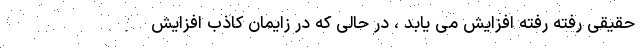
حقیقی رفته رفته افزایش می یابد ، در حالی که در زایمان کاذب افزایش